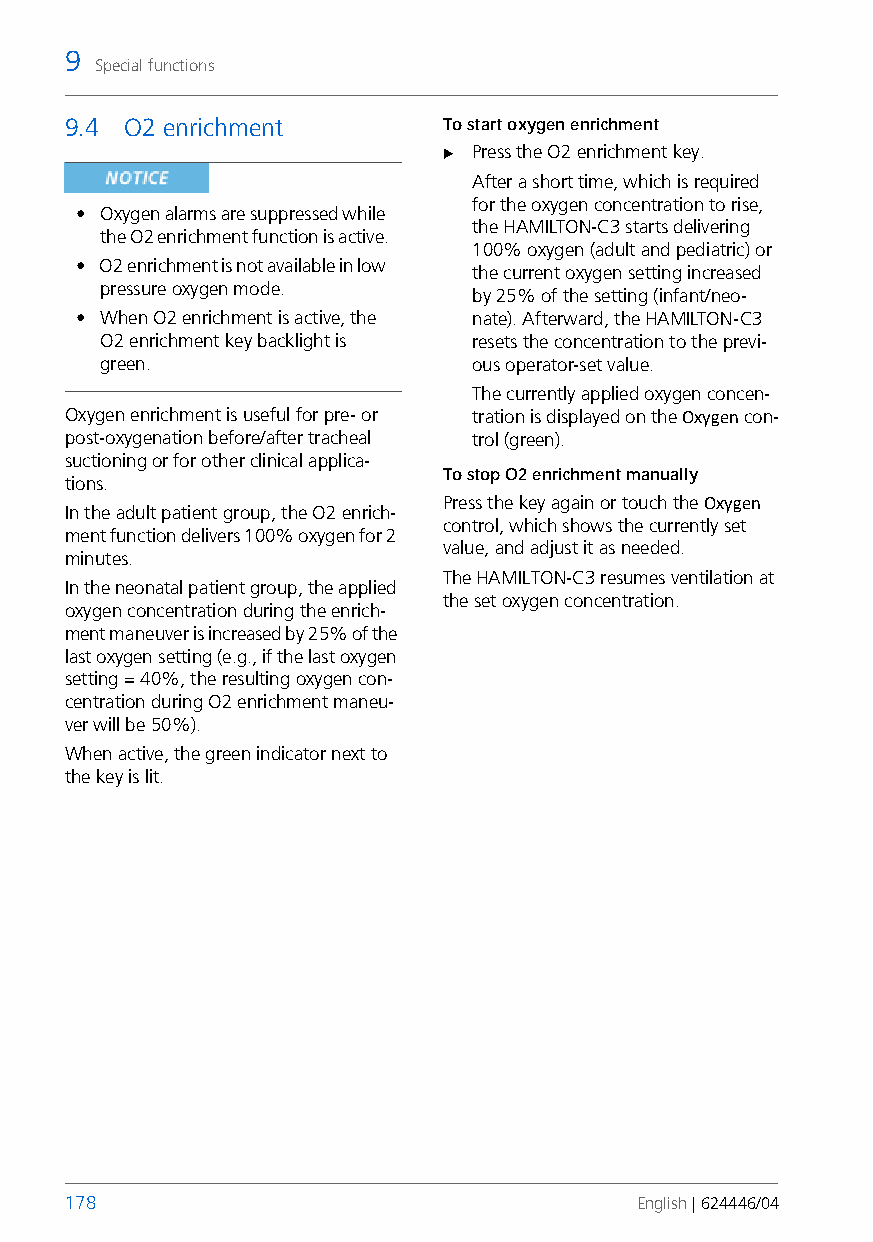
9
 Special functions
 9.4 O2 enrichment        To start oxygen enrichment
  Press the O2 enrichment key.
 After a short time, which is required
 for the oxygen concentration torise,
 • Oxygen alarms are suppressed while
 the HAMILTON-C3 starts delivering
 the O2enrichment function is active.
 100% oxygen (adult and pediatric) or
 • O2 enrichment is not available in low
 the current oxygen setting increased
 pressure oxygen mode.
 by 25% of the setting (infant/neo-
 • When O2 enrichment is active, the nate). Afterward, the HAMILTON-C3
 O2 enrichment key backlight is resets the concentration to the previ-
 green.                  ous operator-set value.
 The currently applied oxygen concen-
 Oxygen enrichment is useful for pre- or tration is displayed on the Oxygen con-
 post-oxygenation before/after tracheal trol (green).
 suctioning or for other clinical applica-
 To stop O2 enrichment manually
 tions.
 Press the key again or touch the Oxygen
 In the adult patient group, the O2 enrich-
 control, which shows the currently set
 ment function delivers 100% oxygen for 2
 value, and adjust it as needed.
 minutes.
 The HAMILTON-C3 resumes ventilation at
 In the neonatal patient group, the applied
 the set oxygen concentration.
 oxygen concentration during the enrich-
 ment maneuver is increased by 25% of the
 last oxygen setting (e.g., if the last oxygen
 setting = 40%, the resulting oxygen con-
 centration during O2 enrichment maneu-
 ver will be 50%).
 When active, the green indicator next to
 the key is lit.
 178                                   English | 624446/04